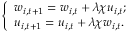
\left\{ \begin{array} { l l } { w _ { i , t + 1 } = w _ { i , t } + \lambda \chi u _ { i , t } ; } \\ { u _ { i , t + 1 } = u _ { i , t } + \lambda \chi w _ { i , t } . } \end{array} \right.